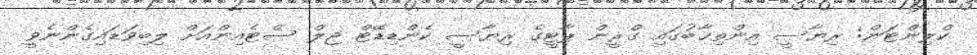
ކްލިންޓަން: ރިޔާސީ އިންތިޚާބުގައި ގްރީން ޕާޓީގެ ރިޔާސީ ކެންޑިޑޭޓް ޖިލް ސްޓެއިންއަށް ލިބިވަޑައިގެންނެވީ